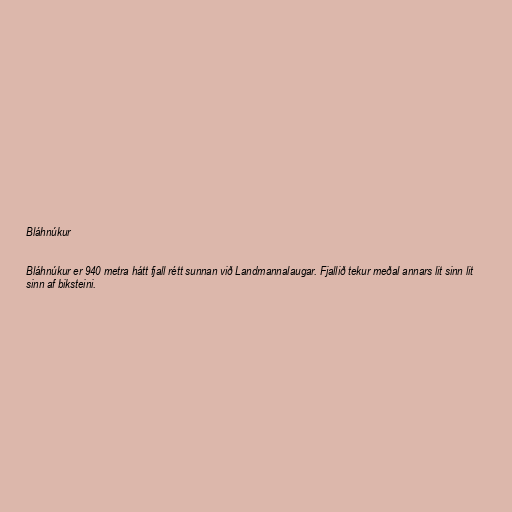
Bláhnúkur

Bláhnúkur er 940 metra hátt fjall rétt sunnan við Landmannalaugar. Fjallið tekur meðal annars lit sinn lit
sinn af biksteini.